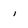
Character: i